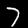
Label: 7